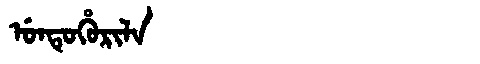
Manchu: ᡠᠨᡨᡠᡥᡠᡵᡳᠯᠠ
Romanization: UNTUHURILA